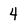
Character: 4